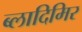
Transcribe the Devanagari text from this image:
ब्लादिमिर